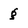
Character: g